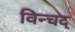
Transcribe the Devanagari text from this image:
विन्चद्